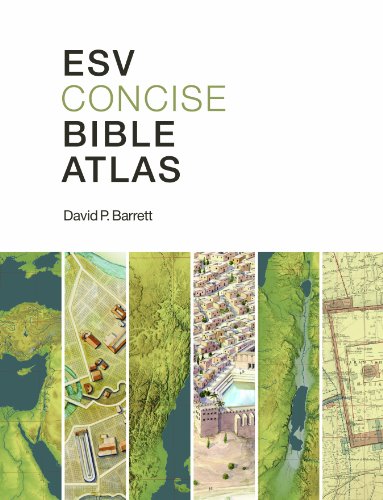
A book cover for ESV Concise Bible Atlas; David P. Barrett; Christian Books & Bibles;